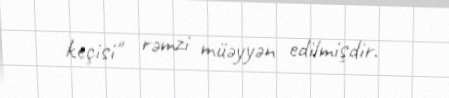
keçisi" rəmzi müəyyən edilmişdir.